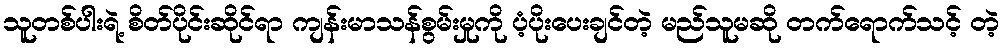
သူတစ်ပါးရဲ့ စိတ်ပိုင်းဆိုင်ရာ ကျန်းမာသန်စွမ်းမှုကို ပံ့ပိုးပေးချင်တဲ့ မည်သူမဆို တက်ရောက်သင့် တဲ့